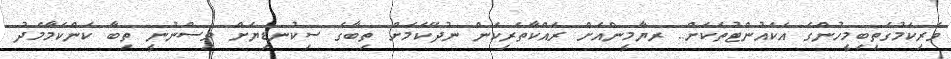
ވެރިކަމުގަތިބިމީހުންގެ އެކައުންޓުތަކަށް.. ރޔާމީންއަށް ރައްކާތެރިކަން ނުދޭކަމަށް ތިބާގެ ސިކުނޑިޔަށް ވިސްނުނީ ތިބާ ކަންކަމާމެދު